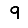
Digit: 9